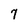
Character: 7